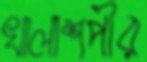
খালাশপীর